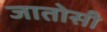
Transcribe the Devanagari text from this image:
जातोसी